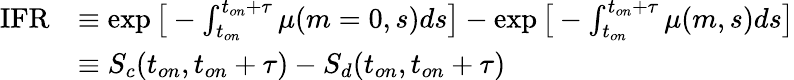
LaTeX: \begin{array}{rl}{\mathrm{IFR}}&{\equiv\exp{\big[-\int_{t_{on}}^{t_{on}+\tau}\mu(m=0,s)ds\big]}-\exp{\big[-\int_{t_{on}}^{t_{on}+\tau}\mu(m,s)ds\big]}}\\ &{\equiv S_{c}(t_{on},t_{on}+\tau)-S_{d}(t_{on},t_{on}+\tau)}\end{array}